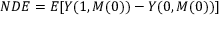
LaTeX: N D E = E [ Y ( 1 , M ( 0 ) ) - Y ( 0 , M ( 0 ) ) ]